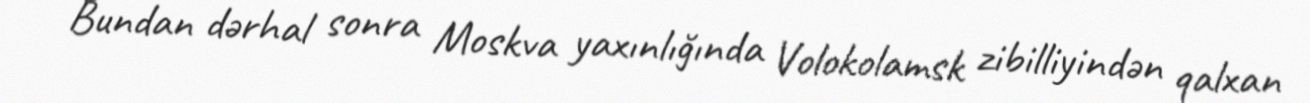
Bundan dərhal sonra Moskva yaxınlığında Volokolamsk zibilliyindən qalxan